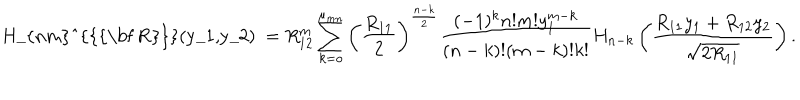
\mathrm { ~ H _ { n m } ^ { \{ { \bf ~ R } \} } ( y _ { 1 } , y _ { 2 } ) ~ } = R _ { 1 2 } ^ { m } \sum _ { k = o } ^ { \mu _ { m n } } \left( \frac { R _ { 1 1 } } 2 \right) ^ { \frac { n - k } 2 } \frac { ( - 1 ) ^ { k } n ! m ! y _ { 1 } ^ { m - k } } { ( n - k ) ! ( m - k ) ! k ! } H _ { n - k } \left( \frac { R _ { 1 1 } y _ { 1 } + R _ { 1 2 } y _ { 2 } } { \sqrt { 2 R _ { 1 1 } } } \right) .